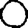
Digit: 0